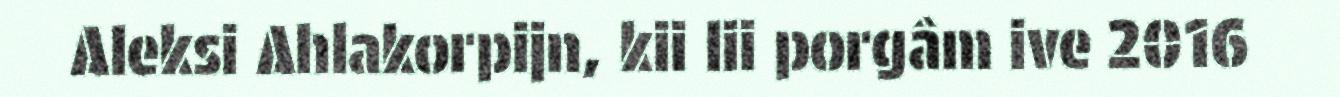
Aleksi Ahlakorpijn, kii lii porgâm ive 2016